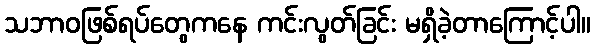
သဘာဝဖြစ်ရပ်တွေကနေ ကင်းလွတ်ခြင်း မရှိခဲ့တာကြောင့်ပါ။